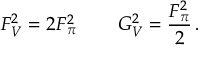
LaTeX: F _ { V } ^ { 2 } = 2 F _ { \pi } ^ { 2 } \, \qquad G _ { V } ^ { 2 } = { \frac { F _ { \pi } ^ { 2 } } { 2 } } \, .